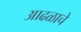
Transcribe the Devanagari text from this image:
आढळाचे